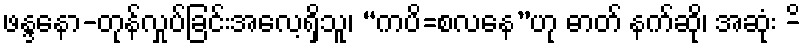
ဖန္ဒနော-တုန်လှုပ်ခြင်းအလေ့ရှိသူ၊ “ကပိ=စလနေ”ဟု ဓာတ် နက်ဆို၊ အဆုံး -ိ